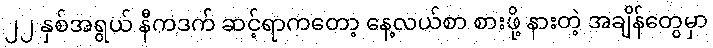
၂၂ နှစ်အရွယ် နီကဒက် ဆင့်ရာကတော့ နေ့လယ်စာ စားဖို့ နားတဲ့ အချိန်တွေမှာ